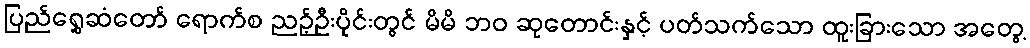
ပြည်ရွှေဆံတော် ရောက်စ ညဉ့်ဦးပိုင်းတွင် မိမိ ဘဝ ဆုတောင်းနှင့် ပတ်သက်သော ထူးခြားသော အတွေ့